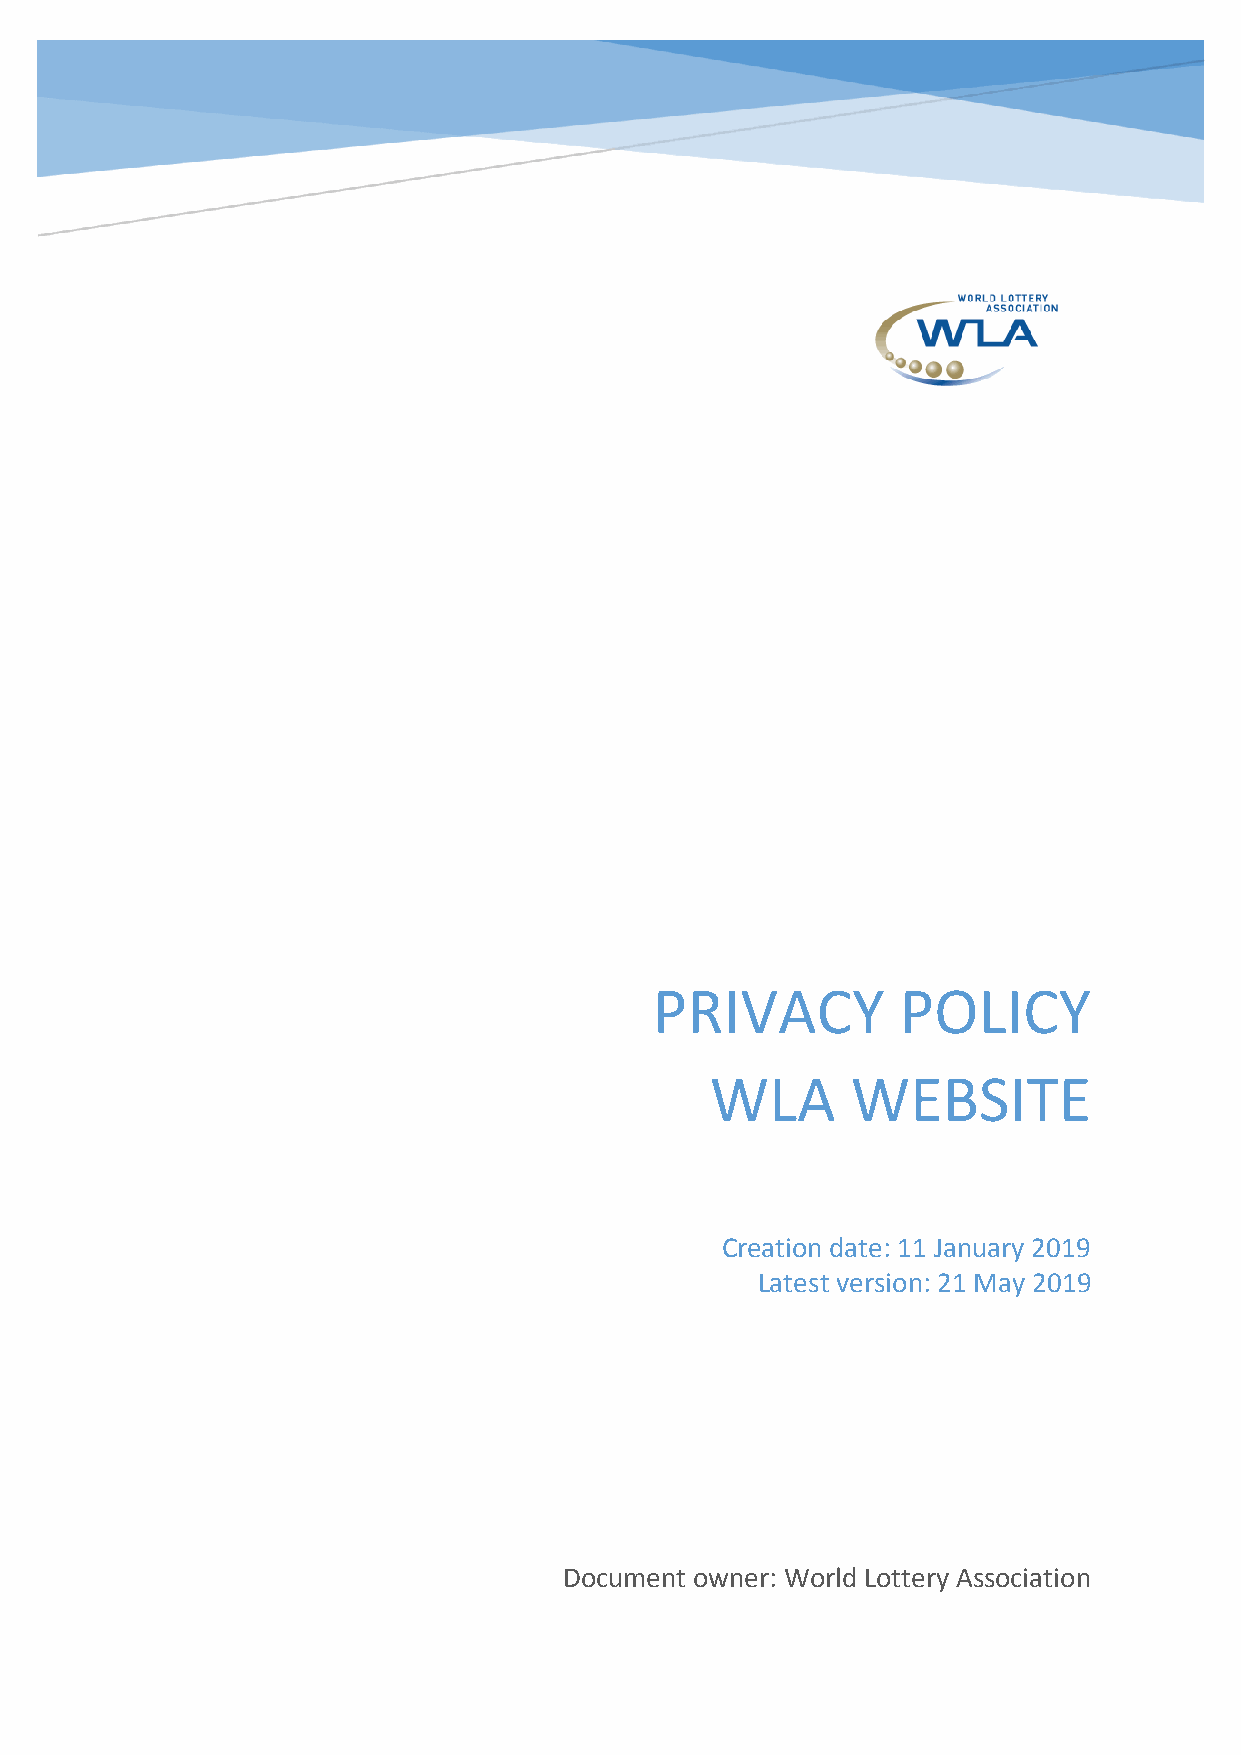
PRIVACY          POLICY
 WLA      WEBSITE
 Creation date: 11 January 2019
 Latest version: 21 May 2019
 Document owner: World Lottery Association